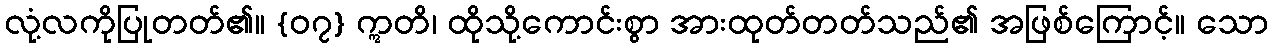
လုံ့လကိုပြုတတ်၏။ {၀၇} ဣတိ၊ ထိုသို့ကောင်းစွာ အားထုတ်တတ်သည်၏ အဖြစ်ကြောင့်။ သော